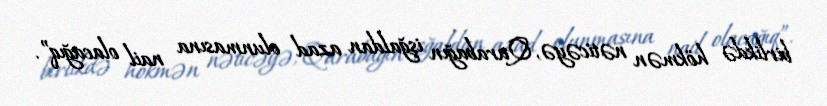
birlikdə hökmən nəticəyə, Qarabağın işğaldan azad olunmasına nail olacağıq”.